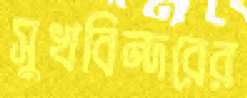
সুখবিন্দরের